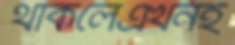
থাকলেএখনই